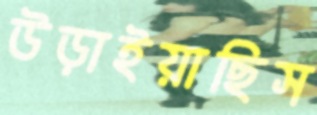
উড়াইয়াছিস